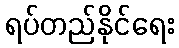
ရပ်တည်နိုင်ရေး